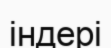
індері